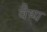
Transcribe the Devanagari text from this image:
वैष्य